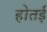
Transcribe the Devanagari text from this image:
होतई